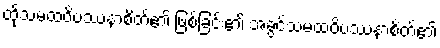
ထိုသမထဝိပဿနာစိတ်၏ ဖြစ်ခြင်း၏ အခွင့်သမထဝိပဿနာစိတ်၏